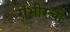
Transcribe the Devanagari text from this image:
गंभीरची